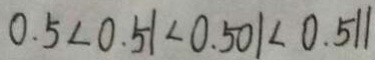
0 . 5 < 0 . 5 1 < 0 . 5 0 1 < 0 . 5 1 1